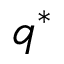
q ^ { \ast }